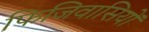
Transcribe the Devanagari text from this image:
फिजिवासियों